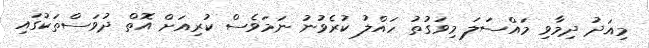
މިއަދު ދިމާވި މައްސަލަ މިވަގުތު ހައްލު ކުރެވުނު ނަމަވެސް ކުރިއަށް އޮތް ދުވަސްތަކުގައި